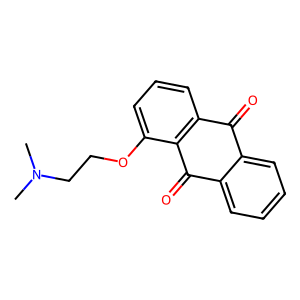
SMILES: CN(C)CCOc1cccc2c1C(=O)c1ccccc1C2=O
Inhibits HIV replication: No